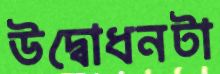
উদ্বোধনটা